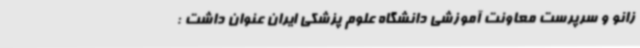
زانو و سرپرست معاونت آموزشی دانشگاه علوم پزشکی ایران عنوان داشت :